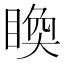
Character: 𥈉